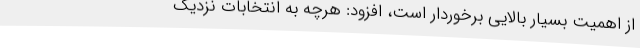
از اهمیت بسیار بالایی برخوردار است، افزود: هرچه به انتخابات نزدیک